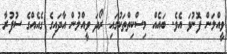
ވީއްލަން ފޮނުވަ އެވެ. ބައެއް މިސްކިތްތަކުގައި ރޯދަ ވީއްލުން އާދައިގެ ގެއެއްގެ ސުފުރާ